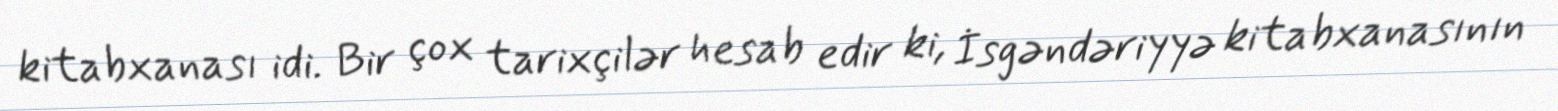
kitabxanası idi. Bir çox tarixçilər hesab edir ki, İsgəndəriyyə kitabxanasının